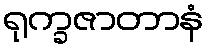
ရုက္ခဇာတာနံ